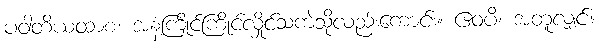
ပဝါတိယထာစ၊ အနံ့ကြိုင်ကြိုင်လှိုင်သကဲ့သို့လည်းကောင်း။ ဧဝံပိ၊ အတူလျှင်။